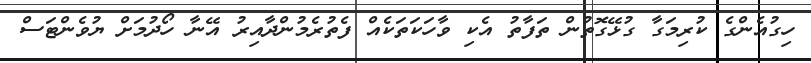
ހިގުއެންގެ ކުރިމަގާ ގުޅޭގޮތުން ތަފާތު އެކި ވާހަކަތަކެއް ފެތުރެމުންދާއިރު އޭނާ ހޯދުމަށް ޔުވެންޓަސް